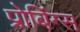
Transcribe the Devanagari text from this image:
प्रोबिंग्स